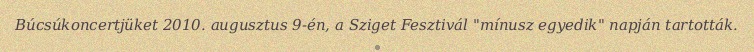
Búcsúkoncertjüket 2010. augusztus 9-én, a Sziget Fesztivál "mínusz egyedik" napján tartották.